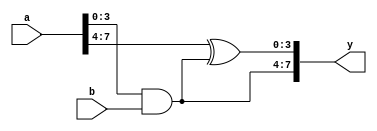
module sys (y,a,b);

output [7:0] y;
input  [7:0] a;
input  [3:0] b;

assign y[7:4] = a[3:0] & b;
assign y[3:0] = a[7:4] ^ y[7:4];
endmodule